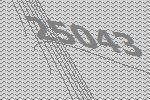
25043